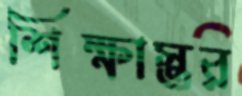
শিক্ষাস্তর